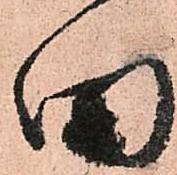
田